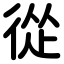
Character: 從